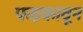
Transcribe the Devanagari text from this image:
फडकावून